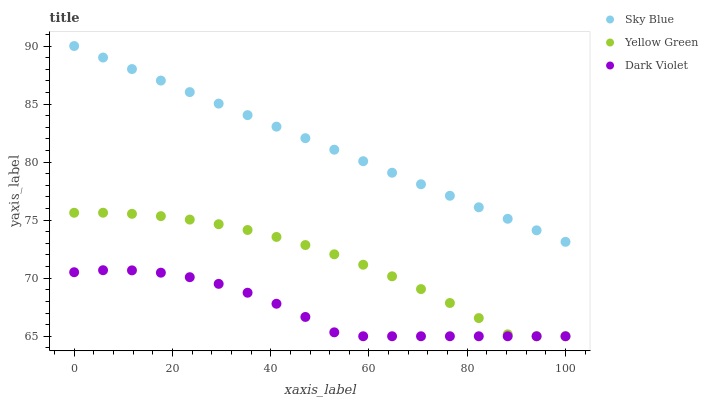
| xaxis_label | Sky Blue | Yellow Green | Dark Violet |
 | --- | --- | --- | --- |
 | 0 | 90 | 75.6 | 70.5 |
 | 5.88 | 89 | 75.6 | 70.7 |
 | 11.8 | 88 | 75.5 | 70.7 |
 | 17.6 | 87 | 75.3 | 70.5 |
 | 23.5 | 86 | 75 | 70.1 |
 | 29.4 | 85 | 74.7 | 69.5 |
 | 35.3 | 84 | 74.2 | 68.7 |
 | 41.2 | 83.1 | 73.6 | 67.8 |
 | 47.1 | 82.1 | 72.9 | 66.7 |
 | 52.9 | 81.1 | 72.1 | 65.3 |
 | 58.8 | 80.1 | 71.2 | 65 |
 | 64.7 | 79.1 | 70.2 | 65 |
 | 70.6 | 78.1 | 69.1 | 65 |
 | 76.5 | 77.1 | 67.9 | 65 |
 | 82.4 | 76.1 | 66.6 | 65 |
 | 88.2 | 75.1 | 65.2 | 65 |
 | 94.1 | 74.1 | 65 | 65 |
 | 100 | 73.1 | 65 | 65 |